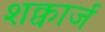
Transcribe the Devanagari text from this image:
शक्वार्ज